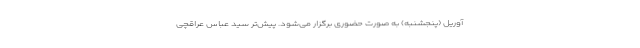
آوریل (پنجشنبه) به صورت حضوری برگزار می‌شود. پیش‌تر سید عباس عراقچی